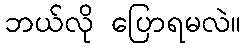
ဘယ်လို ပြောရမလဲ။